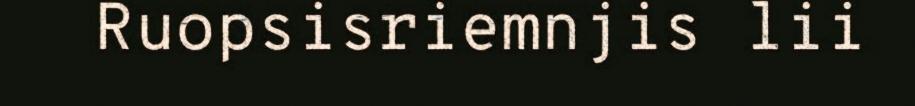
Ruopsisriemnjis lii